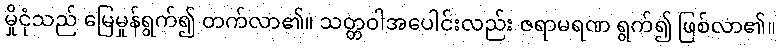
မှိုငုံသည် မြေမှုန်ရွက်၍ တက်လာ၏။ သတ္တဝါအပေါင်းလည်း ဇရာမရဏ ရွက်၍ ဖြစ်လာ၏။